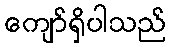
ကျော်ရှိပါသည်